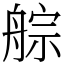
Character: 䑸